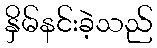
နှိမ်နင်းခဲ့သည်